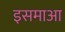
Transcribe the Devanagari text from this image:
इसमाआ